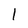
Character: l